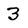
Character: 3